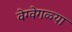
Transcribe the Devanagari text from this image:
वेग्वेगळ्या